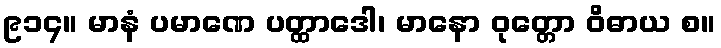
၉၁၄။ မာနံ ပမာဏေ ပတ္ထာဒေါ၊ မာနော ဝုတ္တော ဝိဓာယ စ။